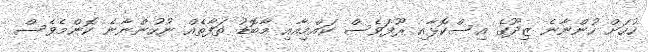
ހުހަށް ހުންނާނެ ޒިދޫގެ އިސްކޮޅާއި ރޫފަވެސް ކައްމިއާއި މާބޮޑު ތަފާތެއް ނުހުންނާނެ ކޮންމެވެސް